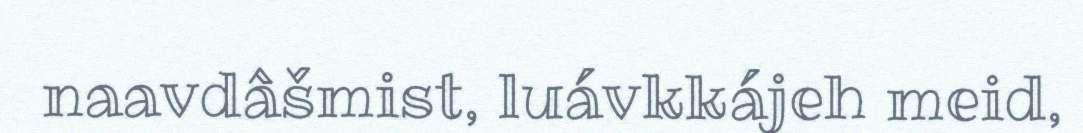
naavdâšmist, luávkkájeh meid,